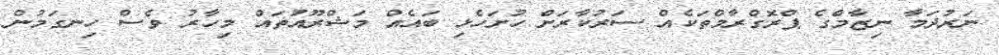
ނަރުދަމާ ނިޒާމްގެ ޕްރޮގްރާމްތަކެއް ސަރުކާރަށް ހުށަހެޅި ބައެއް މަޝްރޫއުތައް މިހާރު ވެސް ހިނގަމުން